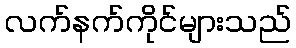
လက်နက်ကိုင်များသည်